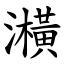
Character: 㶇